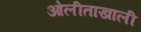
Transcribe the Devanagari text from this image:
ओलीताखाली